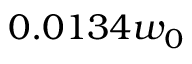
0 . 0 1 3 4 w _ { 0 }